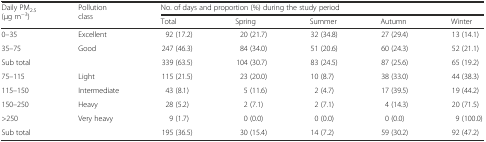
<table><thead><tr><td rowspan="2"><b>Daily PM<sub>2.5</sub> (μg m<sup>−3</sup>)</b></td><td rowspan="2"><b>Pollution class</b></td><td colspan="5"><b>No. of days and proportion (%) during the study period</b></td></tr><tr><td><b>Total</b></td><td><b>Spring</b></td><td><b>Summer</b></td><td><b>Autumn</b></td><td><b>Winter</b></td></tr></thead><tbody><tr><td>0–35</td><td>Excellent</td><td>92 (17.2)</td><td>20 (21.7)</td><td>32 (34.8)</td><td>27 (29.4)</td><td>13 (14.1)</td></tr><tr><td>35–75</td><td>Good</td><td>247 (46.3)</td><td>84 (34.0)</td><td>51 (20.6)</td><td>60 (24.3)</td><td>52 (21.1)</td></tr><tr><td>Sub total</td><td></td><td>339 (63.5)</td><td>104 (30.7)</td><td>83 (24.5)</td><td>87 (25.6)</td><td>65 (19.2)</td></tr><tr><td>75–115</td><td>Light</td><td>115 (21.5)</td><td>23 (20.0)</td><td>10 (8.7)</td><td>38 (33.0)</td><td>44 (38.3)</td></tr><tr><td>115–150</td><td>Intermediate</td><td>43 (8.1)</td><td>5 (11.6)</td><td>2 (4.7)</td><td>17 (39.5)</td><td>19 (44.2)</td></tr><tr><td>150–250</td><td>Heavy</td><td>28 (5.2)</td><td>2 (7.1)</td><td>2 (7.1)</td><td>4 (14.3)</td><td>20 (71.5)</td></tr><tr><td>&gt;250</td><td>Very heavy</td><td>9 (1.7)</td><td>0 (0.0)</td><td>0 (0.0)</td><td>0 (0.0)</td><td>9 (100.0)</td></tr><tr><td>Sub total</td><td></td><td>195 (36.5)</td><td>30 (15.4)</td><td>14 (7.2)</td><td>59 (30.2)</td><td>92 (47.2)</td></tr></tbody></table>